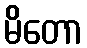
မိတော